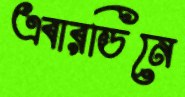
এবারডিনে